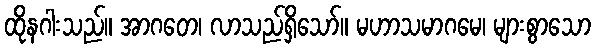
ထိုနဂါးသည်။ အာဂတေ၊ လာသည်ရှိသော်။ မဟာသမာဂမေ၊ များစွာသော